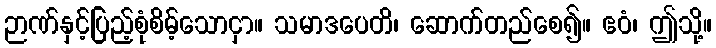
ဉာဏ်နှင့်ပြည့်စုံစိမ့်သောငှာ။ သမာဒပေတိ၊ ဆောက်တည်စေ၍။ ဧဝံ၊ ဤသို့။